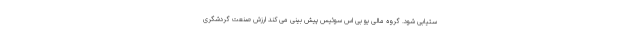
ستیابی شود. گروه مالی یو بی اس سوئیس پیش بینی می کند ارزش صنعت گردشگری